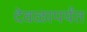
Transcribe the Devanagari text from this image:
देवळापर्यंत